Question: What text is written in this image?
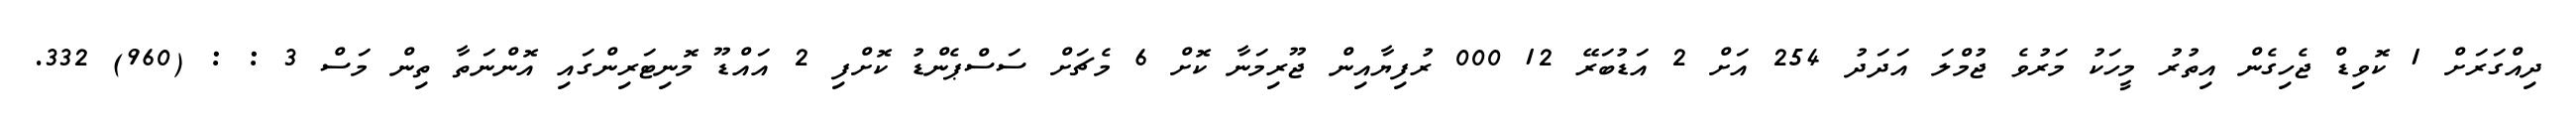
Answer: ދިއްގަރަށް 1 ކޮވިޑް ޖެހިގެން އިތުރު މީހަކު މަރުވެ ޖުމްލަ އަދަދު 254 އަށް 2 އަޑުބަރޭ 12 000 ރުފިޔާއިން ޖޫރިމަނާ ކޮށް 6 މެޗަށް ސަސްޕެންޑު ކޮށްފި 2 އައްޑޫ މޮނިޓަރިންގައި އޮންނަތާ ތިން މަސް 3 : : (960) 332.